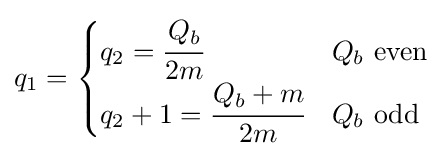
q_{1}={\begin{cases}q_{2}={\cfrac {Q_{b}}{2m}}&Q_{b}\ {\mbox{even}}\\q_{2}+1={\cfrac {Q_{b}+m}{2m}}&Q_{b}\ {\mbox{odd}}\\\end{cases}}